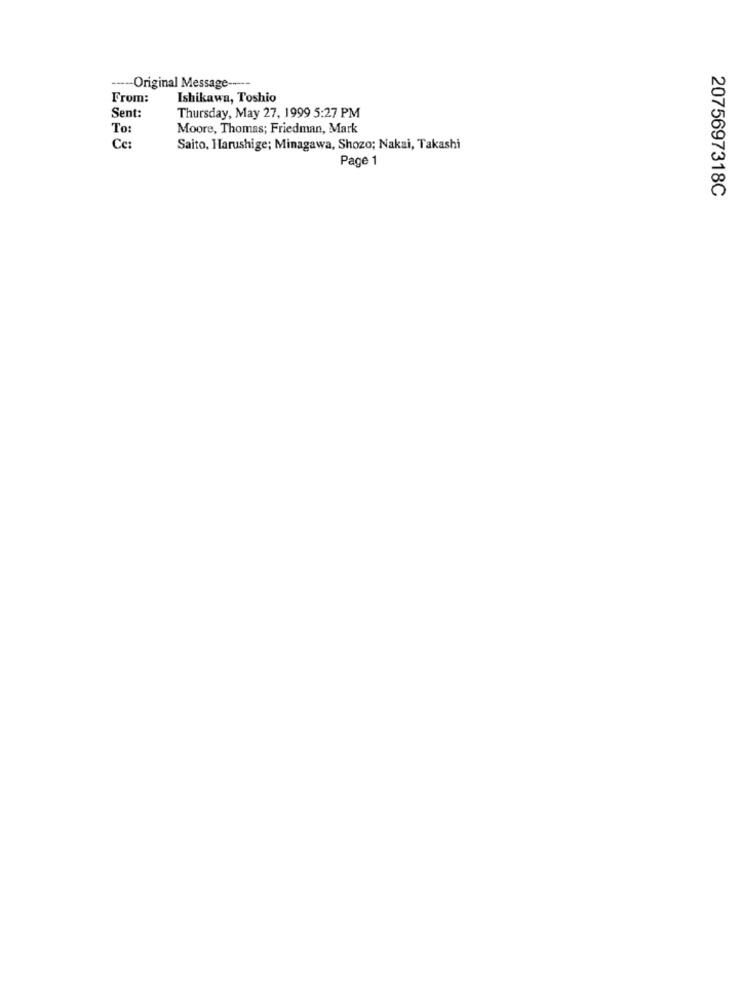
---- Original Message -----
From:
Ishikawa, Toshio
Sent:
Thursday, May 27, 1999 5:27 PM
To:
Moore, Thomas; Friedman, Mark
Ce:
Saito, Harushige; Minagawa, Shozo; Nakai, Takashi
Page 1
2075697318C